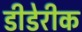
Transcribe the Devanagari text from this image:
डीडेरीक